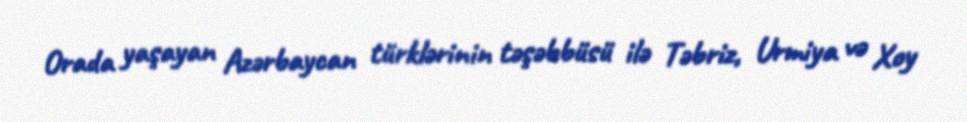
Orada yaşayan Azərbaycan türklərinin təşəbbüsü ilə Təbriz, Urmiya və Xoy